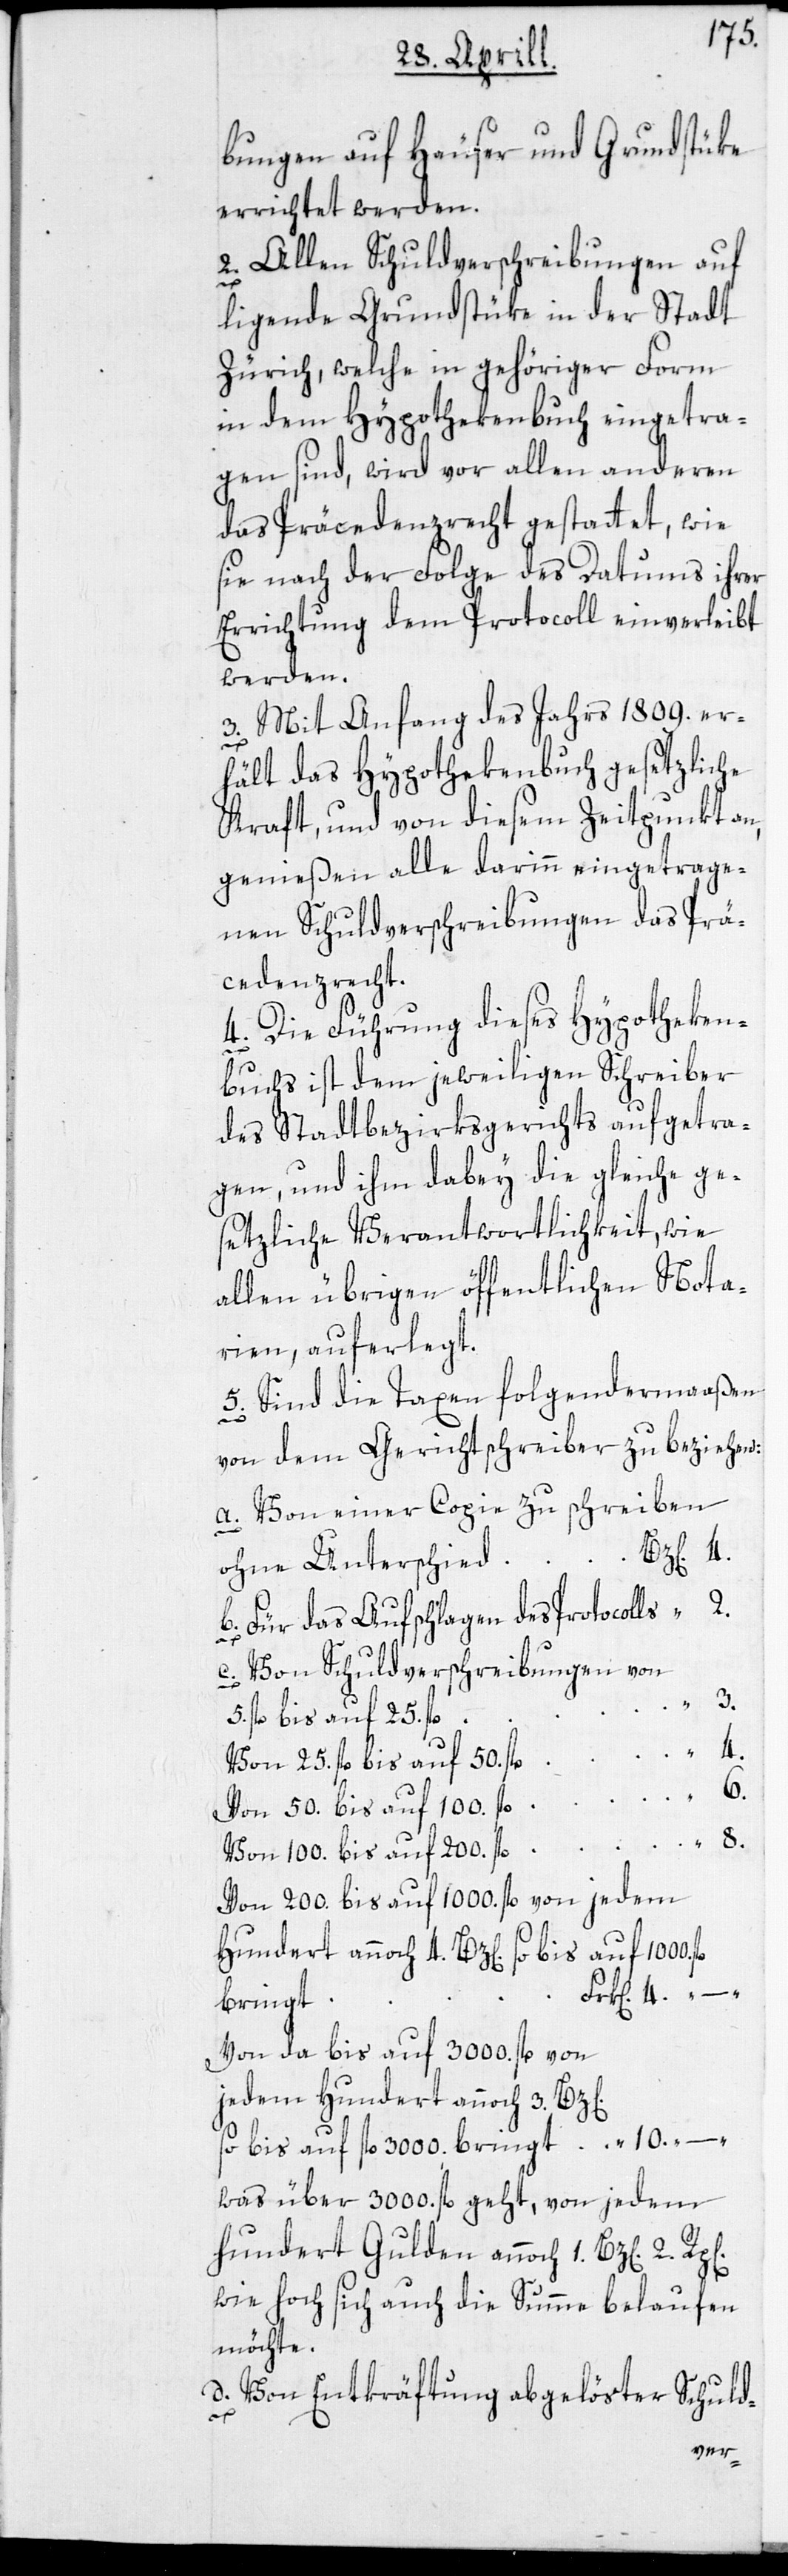
bungen auf Häuser und Grundstüke
errichtet werden.
2. Allen Schuldverschreibungen auf
d.
ligende Grundstüke in der Stadt
Zürich, welche in gehöriger Form
in dem Hypothekenbuch eingetra¬
gen sind, wird vor allen anderen
das Präcedenzrecht gestattet, wie
sie nach der Folge des Datums ihrer
Errichtung dem Protocoll einverleibt
werden.
3. Mit Anfang des Jahrs 1809. er¬
hält das Hypothekenbuch gesetzliche
Kraft, und von diesem Zeitpunkt an,
genießen alle darinn eingetrage¬
nen Schuldverschreibungen das Prä¬
cedenzrecht.
4. Die Führung dieses Hypotheken¬
buchs ist dem jeweiligen Schreiber
des Stadtbezirksgerichts aufgetra¬
gen, und ihm dabey die gleiche ge¬
setzliche Verantwortlichkeit, wie
allen übrigen öffentlichen Nota¬
rien, auferlegt.
5. Sind die Taxen folgendermaaßen
–
von dem Gerichtschreiber zu beziehen:
Von einer Copie zu schreiben
Für das Aufschlagen des Protocolls
Von Schuldverschreibungen von
5. fl. bis auf 25. fl.
Von 25. fl. bis auf 50. fl.
6.
Von 50. bis auf 100. fl.
Von 100. bis auf 200. fl.
Von 200. bis auf 1000. fl. von jedem
Hundert annoch 4 Bz[en]. so bis auf 1000.
bringt
Von da bis auf 3000. fl. von
jedem Hundert annoch 3. Bz[e¬
so bis auf fl. 3000. bringt
was über 3000 fl. geht, von jedem
hundert Gulden annoch 1. Bz[en]. 2.
wie hoch sich auch die Summe belaufen
möchte.
Von Entkräftung abgelöster Schuld-
n].